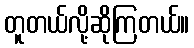
တူတယ်လို့ဆိုကြတယ်။